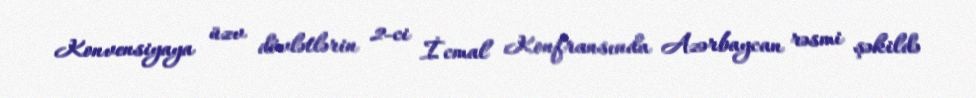
Konvensiyaya üzv dövlətlərin 2-ci İcmal Konfransında Azərbaycan rəsmi şəkildə